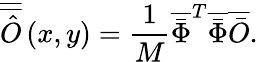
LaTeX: \overline{{\overline{{\hat{O}}}}}\left({x,y}\right)=\frac{1}{M}{\overline{{\bar{\Phi}}}^{T}}\overline{{\bar{\Phi}}}\overline{{\bar{O}}}.